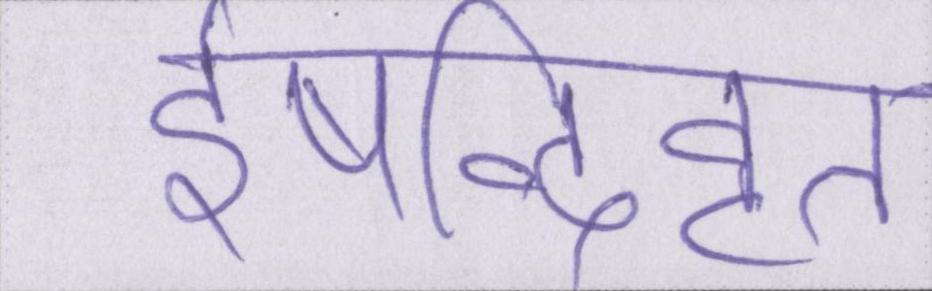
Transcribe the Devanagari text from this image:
ईषद्विवृत